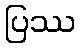
ပြဿ